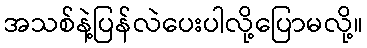
အသစ်နဲ့ပြန်လဲပေးပါလို့ပြောမလို့။